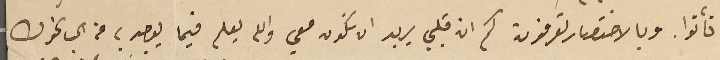
تأتوا. وبالاختصار تعرفون كم ان قلبي يريد ان تكون معي والله يعلم فيما يوجد به من الحب نحوك